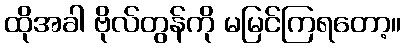
ထိုအခါ ဗိုလ်တွန်ကို မမြင်ကြရတော့။